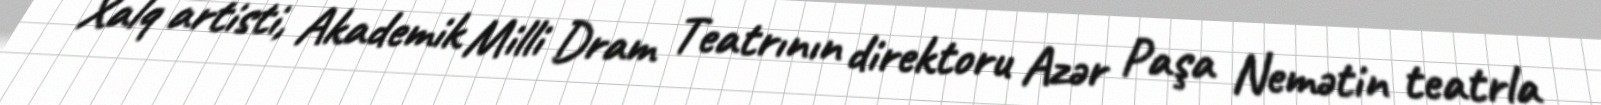
Xalq artisti, Akademik Milli Dram Teatrının direktoru Azər Paşa Nemətin teatrla